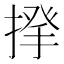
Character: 𢰱